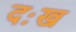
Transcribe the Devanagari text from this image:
दःख